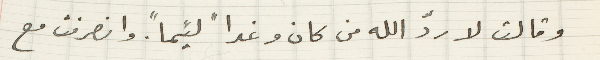
وقالت لاردّ الله من كان وغداً لئيماً. وانصرفت مع